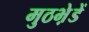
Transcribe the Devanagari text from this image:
मुठभ़ेडें